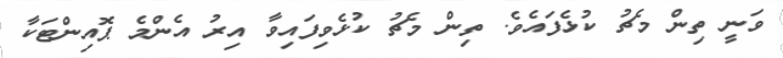
ވަނީ ތިން މެޗު ކުޅެފައެވެ. ތިން މެޗު ކުޅެވިފައިވާ އިރު އެންމެ ޕޮއިންޓަކާ